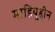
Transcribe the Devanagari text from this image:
माहियुद्दीन